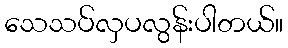
သေသပ်လှပလွန်းပါတယ်။